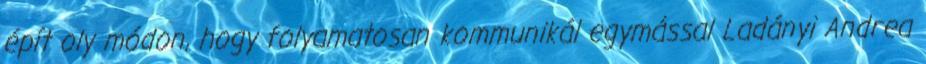
épít oly módon, hogy folyamatosan kommunikál egymással Ladányi Andrea